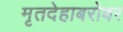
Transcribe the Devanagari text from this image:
मृतदेहाबरोबर